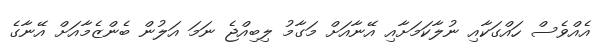
އެއްވެސް ހައްގަކާއި ނުލާކަމަށާއި އޭނާއަށް މަގާމު ލިބިއްޖެ ނަމަ އަލުން ބެންޒެމާއަށް އޭނާގެ